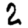
Digit: 2